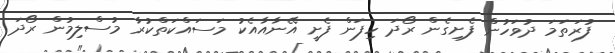
ފުރަތަމަ ދުވަހުން ފެށިގެން ރޯދަ ހިފަން ފެށީ އޭނާއާއެކު މަސައްކަތްކުރާ މުސްލިމުން ރޯދަ